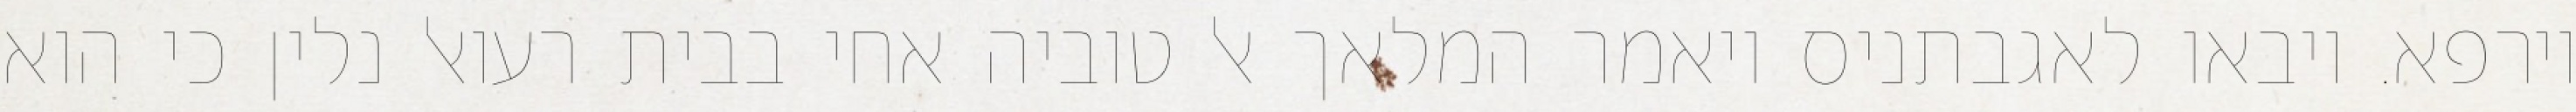
וירפא. ויבאו לאגבתניס ויאמר המלאך אל טוביה אחי בבית רעואל נלין כי הוא